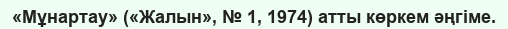
«Мұнартау» («Жалын», № 1, 1974) атты көркем әңгіме.